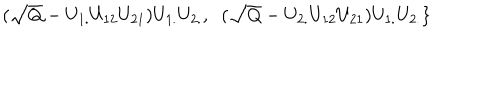
\; \; ( \sqrt { Q } - U _ { 1 . } U _ { 1 2 } U _ { 2 1 } ) U _ { 1 . } U _ { 2 . } , \; \; ( \sqrt { Q } - U _ { 2 . } U _ { 1 2 } U _ { 2 1 } ) U _ { 1 . } U _ { 2 . } \}